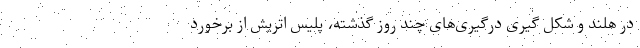
در هلند و شکل گیری درگیری‌های چند روز گذشته، پلیس اتریش از برخورد